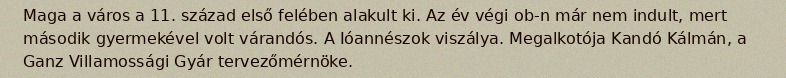
Maga a város a 11. század első felében alakult ki. Az év végi ob-n már nem indult, mert második gyermekével volt várandós. A Ióannészok viszálya. Megalkotója Kandó Kálmán, a Ganz Villamossági Gyár tervezőmérnöke.